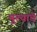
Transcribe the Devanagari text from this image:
मुल्याचे